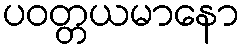
ပဝတ္တယမာနော